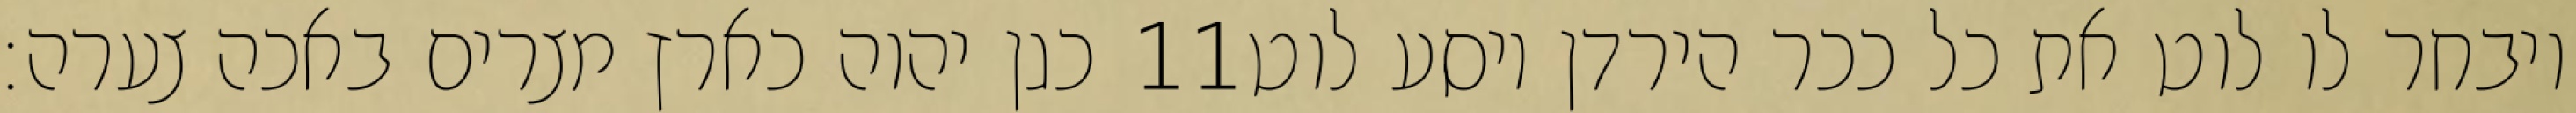
כגן יהוה כארץ מצרים באכה צערה׃ ‎11‏ ויבחר לו לוט את כל ככר הירדן ויסע לוט